Annual report on the working of the Harcourt Butler Institute of Public Health, Rangoon
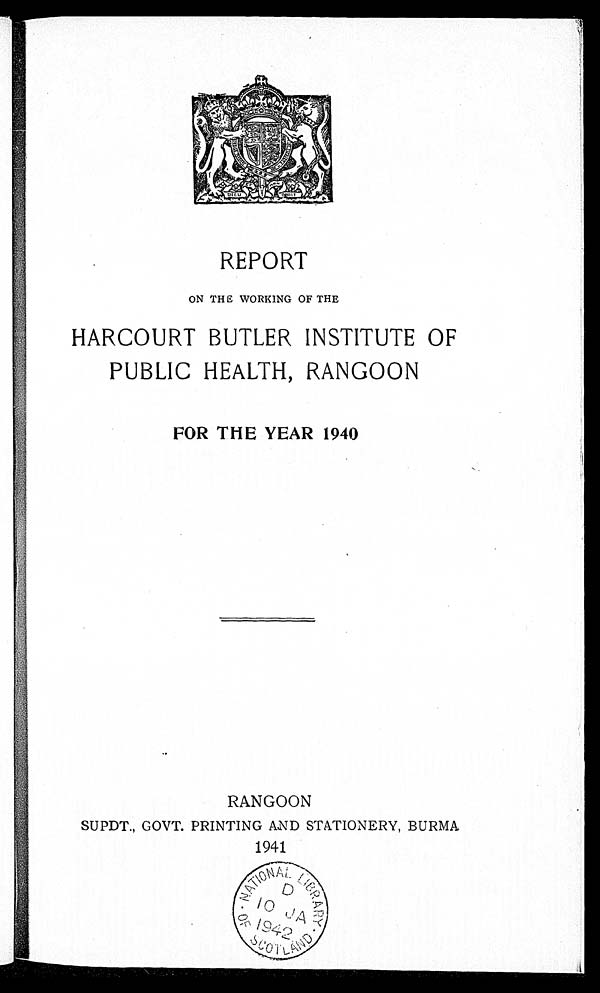
REPORT
ON THE WORKING OF THE
HARCOURT BUTLER INSTITUTE OF
PUBLIC HEALTH, RANGOON
FOR THE YEAR 1940
RANGOON
SUPDT., GOVT. PRINTING AND STATIONERY, BURMA
1941